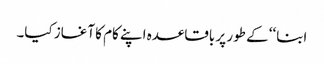
ابنا‘‘ کے طور پر باقاعدہ اپنے کام کا آغاز کیا۔